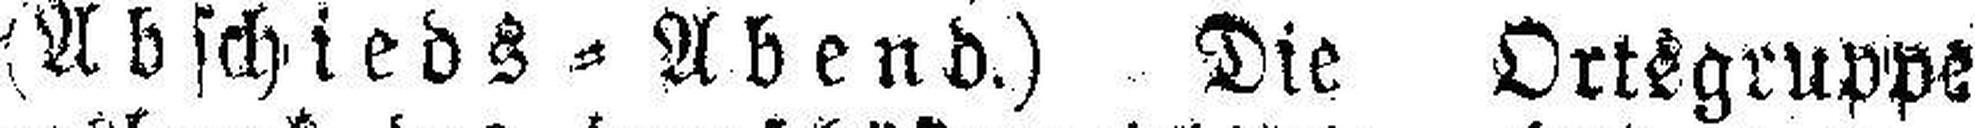
(Abschieds = Abend.) Die Ortsgruppe